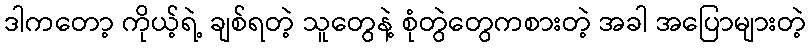
ဒါကတော့ ကိုယ့်ရဲ့ ချစ်ရတဲ့ သူတွေနဲ့ စုံတွဲတွေကစားတဲ့ အခါ အပြောများတဲ့